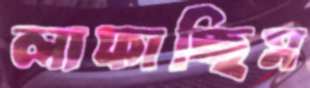
লাফাচ্ছিস